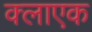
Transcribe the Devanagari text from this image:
क्लाएक